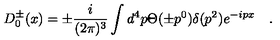
D _ { 0 } ^ { \pm } ( x ) = \pm \frac { i } { ( 2 \pi ) ^ { 3 } } \int d ^ { 4 } p \Theta ( \pm p ^ { 0 } ) \delta ( p ^ { 2 } ) e ^ { - i p x } \quad .